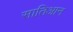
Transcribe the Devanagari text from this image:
सातिआन